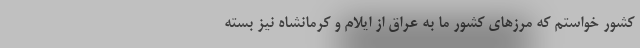
کشور خواستم که مرزهای کشور ما به عراق از ایلام و کرمانشاه نیز بسته